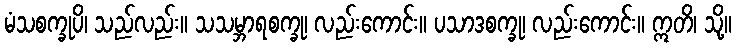
မံသစက္ခုပိ၊ သည်လည်း။ သသမ္ဘာရစက္ခု၊ လည်းကောင်း။ ပသာဒစက္ခု၊ လည်းကောင်း။ ဣတိ၊ သို့။